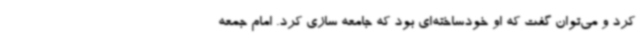
کرد و می‌توان گفت که او خودساخته‌ای بود که جامعه سازی کرد. امام جمعه